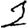
Digit: 2